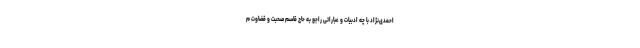
احمدی‌نژاد با چه ادبیات و عباراتی راجع به حاج قاسم صحبت و قضاوت م